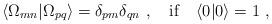
LaTeX: \begin{align*}\langle \Omega_{mn}|\Omega_{pq}\rangle=\delta_{pm}\delta_{qn }\ , \quad {\rm if} \quad \langle 0|0\rangle=1 \ ,\end{align*}